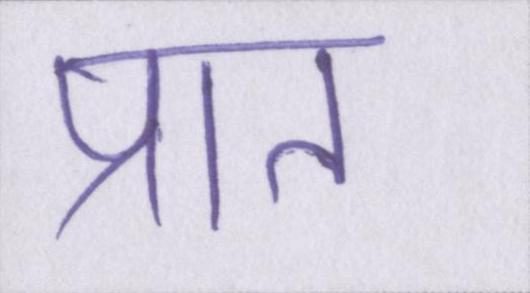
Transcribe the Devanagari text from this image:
प्रात